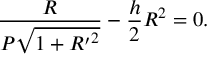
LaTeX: \frac { R } { P \sqrt { 1 + { R ^ { \prime } } ^ { 2 } } } - \frac { h } { 2 } R ^ { 2 } = 0 .